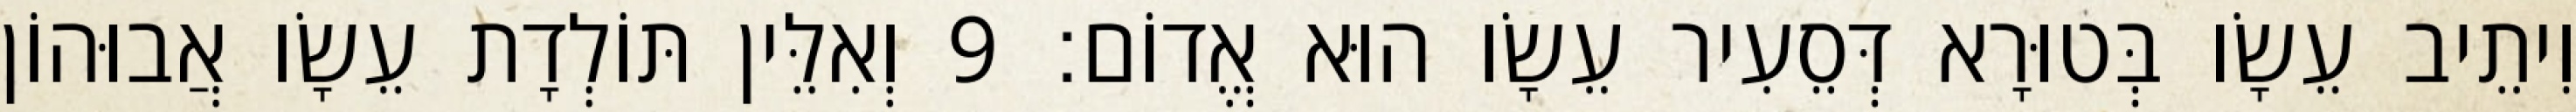
וִיתֵיב עֵשָׂו בְּטוּרָא דְּסֵעִיר עֵשָׂו הוּא אֱדוֹם׃ 9 וְאִלֵּין תּוֹלְדָת עֵשָׂו אֲבוּהוֹן